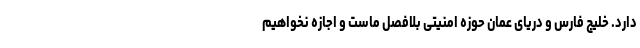
دارد. خلیج فارس و دریای عمان حوزه امنیتی بلافصل ماست و اجازه نخواهیم